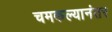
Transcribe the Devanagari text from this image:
चमकल्यानंतर